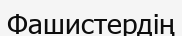
Фашистердің